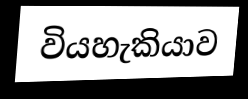
වියහැකියාව